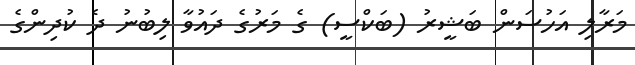
މަރާލި އަހުސަން ބަޝީރު (ބަކްސީ) ގެ މަރުގެ ދައުވާ ލިބުނު ދެ ކުދިންގެ